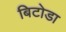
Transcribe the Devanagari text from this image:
बिटोडा